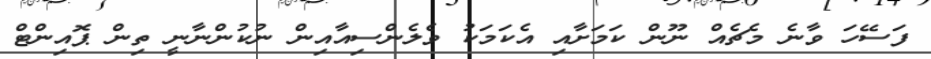
ފަސޭހަ ވާނެ މެޗެއް ނޫން ކަމަށާއި އެކަމަކު ވެލެންސިއާއިން ނުކުންނާނީ ތިން ޕޮއިންޓް